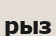
рыз